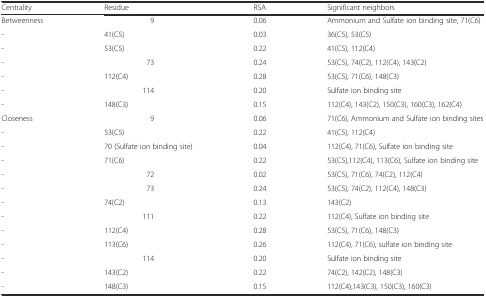
<table><thead><tr><td><b>Centrality</b></td><td><b>Residue</b></td><td><b>RSA</b></td><td><b>Significant neighbors</b></td></tr></thead><tbody><tr><td>Betweenness</td><td>9</td><td>0.06</td><td>Ammonium and Sulfate ion binding site, 71(C6)</td></tr><tr><td>-</td><td>41(C5)</td><td>0.03</td><td>36(C5), 53(C5)</td></tr><tr><td>-</td><td>53(C5)</td><td>0.22</td><td>41(C5), 112(C4)</td></tr><tr><td>-</td><td>73</td><td>0.24</td><td>53(C5), 74(C2), 112(C4), 143(C2)</td></tr><tr><td>-</td><td>112(C4)</td><td>0.28</td><td>53(C5), 71(C6), 148(C3)</td></tr><tr><td>-</td><td>114</td><td>0.20</td><td>Sulfate ion binding site</td></tr><tr><td>-</td><td>148(C3)</td><td>0.15</td><td>112(C4), 143(C2), 150(C3), 160(C3), 162(C4)</td></tr><tr><td>Closeness</td><td>9</td><td>0.06</td><td>71(C6), Ammonium and Sulfate ion binding sites</td></tr><tr><td>-</td><td>53(C5)</td><td>0.22</td><td>41(C5), 112(C4)</td></tr><tr><td>-</td><td>70 (Sulfate ion binding site)</td><td>0.04</td><td>112(C4), 71(C6), Sulfate ion binding site</td></tr><tr><td>-</td><td>71(C6)</td><td>0.22</td><td>53(C5),112(C4), 113(C6), Sulfate ion binding site</td></tr><tr><td>-</td><td>72</td><td>0.02</td><td>53(C5), 71(C6), 74(C2), 112(C4)</td></tr><tr><td>-</td><td>73</td><td>0.24</td><td>53(C5), 74(C2), 112(C4), 148(C3)</td></tr><tr><td>-</td><td>74(C2)</td><td>0.13</td><td>143(C2)</td></tr><tr><td>-</td><td>111</td><td>0.22</td><td>112(C4), Sulfate ion binding site</td></tr><tr><td>-</td><td>112(C4)</td><td>0.28</td><td>53(C5), 71(C6), 148(C3)</td></tr><tr><td>-</td><td>113(C6)</td><td>0.26</td><td>112(C4), 71(C6), sulfate ion binding site</td></tr><tr><td>-</td><td>114</td><td>0.20</td><td>Sulfate ion binding site</td></tr><tr><td>-</td><td>143(C2)</td><td>0.22</td><td>74(C2), 142(C2), 148(C3)</td></tr><tr><td>-</td><td>148(C3)</td><td>0.15</td><td>112(C4),143(C3), 150(C3), 160(C3)</td></tr></tbody></table>